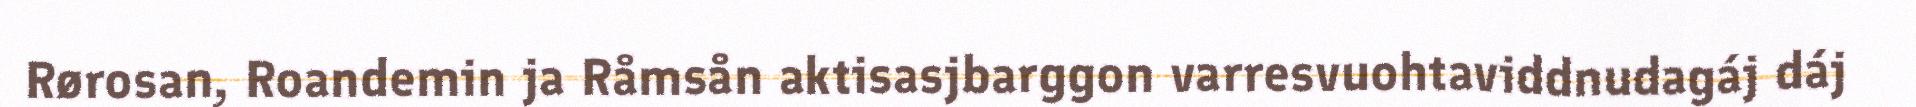
Rørosan, Roandemin ja Råmsån aktisasjbarggon varresvuohtaviddnudagáj dáj